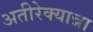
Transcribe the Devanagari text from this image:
अतीरेक्यान्ना